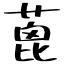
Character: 蓖